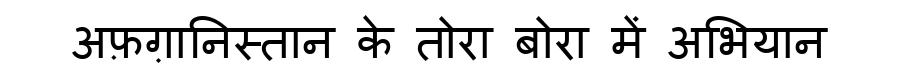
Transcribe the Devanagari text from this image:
अफ़ग़ानिस्तान के तोरा बोरा में अभियान